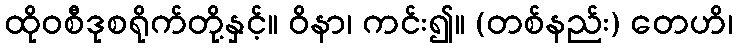
ထိုဝစီဒုစရိုက်တို့နှင့်။ ဝိနာ၊ ကင်း၍။ (တစ်နည်း) တေဟိ၊